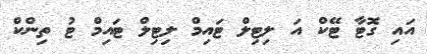
އައި ގޮޓާ ޓޭކް އަ ލިޓިލް ޓައިމް ލިޓިލް ޓައިމް ޓު ތިންކް